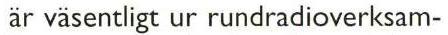
är väsentligt ur rundradioverksam-